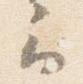
云